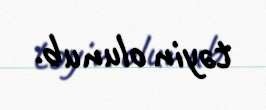
təyin olunub.